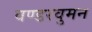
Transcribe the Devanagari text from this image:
वण्डरवुमन